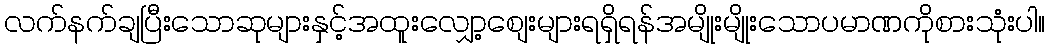
လက်နက်ချပြီးသောဆုများနှင့်အထူးလျှော့စျေးများရရှိရန်အမျိုးမျိုးသောပမာဏကိုစားသုံးပါ။